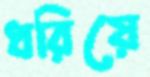
ধরিয়ে